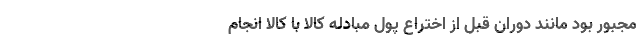
مجبور بود مانند دوران قبل از اختراع پول مبادله کالا با کالا انجام